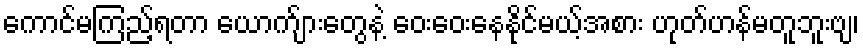
ကောင်မကြည့်ရတာ ယောက်ျားတွေနဲ့ ဝေးဝေးနေနိုင်မယ့်အစား ဟုတ်ဟန်မတူဘူးဗျ၊